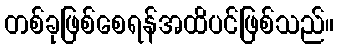
တစ်ခုဖြစ်စေရန်အထိပင်ဖြစ်သည်။